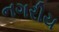
નગરીય